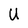
Character: U